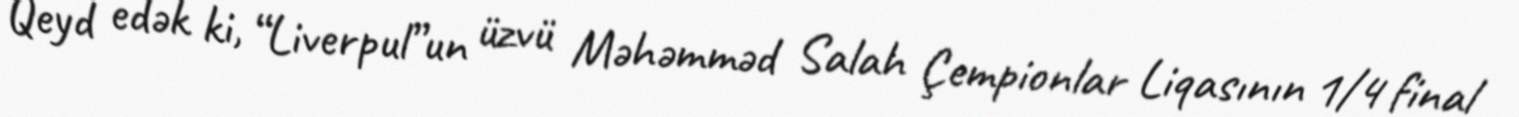
Qeyd edək ki, “Liverpul”un üzvü Məhəmməd Salah Çempionlar Liqasının 1/4 final